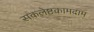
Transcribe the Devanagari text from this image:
सकलेष्टकामदाम